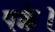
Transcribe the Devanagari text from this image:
पक्के।